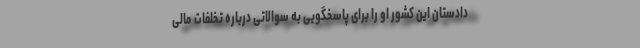
دادستان این کشور او را برای پاسخگویی به سوالاتی درباره تخلفات مالی